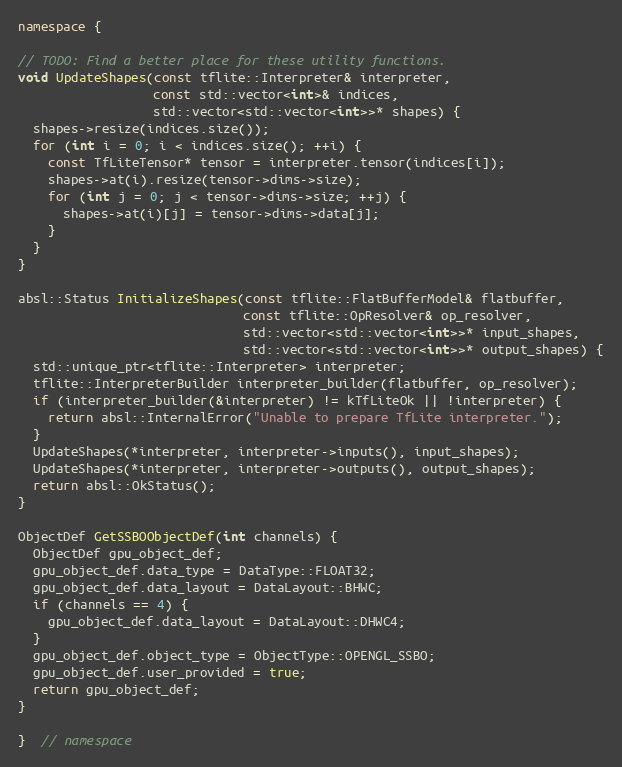
Language: C++
namespace {

// TODO: Find a better place for these utility functions.
void UpdateShapes(const tflite::Interpreter& interpreter,
                  const std::vector<int>& indices,
                  std::vector<std::vector<int>>* shapes) {
  shapes->resize(indices.size());
  for (int i = 0; i < indices.size(); ++i) {
    const TfLiteTensor* tensor = interpreter.tensor(indices[i]);
    shapes->at(i).resize(tensor->dims->size);
    for (int j = 0; j < tensor->dims->size; ++j) {
      shapes->at(i)[j] = tensor->dims->data[j];
    }
  }
}

absl::Status InitializeShapes(const tflite::FlatBufferModel& flatbuffer,
                              const tflite::OpResolver& op_resolver,
                              std::vector<std::vector<int>>* input_shapes,
                              std::vector<std::vector<int>>* output_shapes) {
  std::unique_ptr<tflite::Interpreter> interpreter;
  tflite::InterpreterBuilder interpreter_builder(flatbuffer, op_resolver);
  if (interpreter_builder(&interpreter) != kTfLiteOk || !interpreter) {
    return absl::InternalError("Unable to prepare TfLite interpreter.");
  }
  UpdateShapes(*interpreter, interpreter->inputs(), input_shapes);
  UpdateShapes(*interpreter, interpreter->outputs(), output_shapes);
  return absl::OkStatus();
}

ObjectDef GetSSBOObjectDef(int channels) {
  ObjectDef gpu_object_def;
  gpu_object_def.data_type = DataType::FLOAT32;
  gpu_object_def.data_layout = DataLayout::BHWC;
  if (channels == 4) {
    gpu_object_def.data_layout = DataLayout::DHWC4;
  }
  gpu_object_def.object_type = ObjectType::OPENGL_SSBO;
  gpu_object_def.user_provided = true;
  return gpu_object_def;
}

}  // namespace